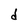
Character: d